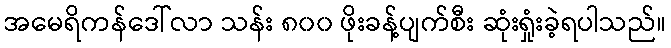
အမေရိကန်ဒေါ်လာ သန်း ၈၀၀ ဖိုးခန့်ပျက်စီး ဆုံးရှုံးခဲ့ရပါသည်။